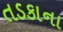
તડકાના